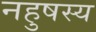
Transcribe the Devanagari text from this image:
नहुषस्य